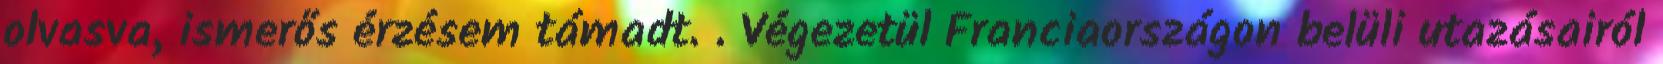
olvasva, ismerős érzésem támadt. . Végezetül Franciaországon belüli utazásairól